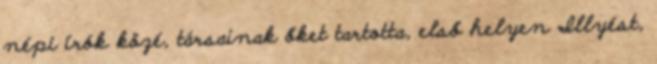
népi írók közé, társainak őket tartotta, első helyen Illyést,